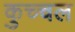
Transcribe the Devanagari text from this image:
कुच्चल